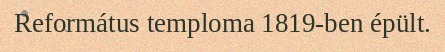
Református temploma 1819-ben épült.